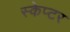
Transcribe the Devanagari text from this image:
स्केप्टर